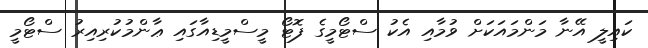
ކައިލީ އޭނާ މަންމައަކަށް ވުމާއި އެކު ސްޓޯމީގެ ފޮޓޯ މީސްމީޑިއާގައި ޢާންމުކުރިއިރު ސްޓޯމީ